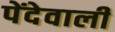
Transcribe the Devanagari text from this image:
पेंदेवाली